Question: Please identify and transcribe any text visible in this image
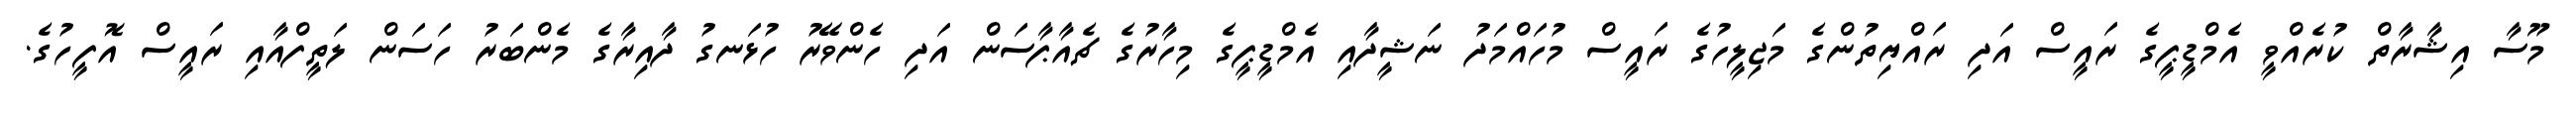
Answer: މޫސާ އިޝާރާތް ކުރެއްވީ އެމްޑީޕީގެ ރައީސް އަދި ރައްޔިތުންގެ މަޖިލީހުގެ ރައީސް މުހައްމަދު ނަޝީދާއި އެމްޑީޕީގެ މިހާރުގެ ޗެއާޕާސަން އަދި ހެންވޭރު ހުޅަނގު ދާއިރާގެ މެންބަރު ހަސަން ލަތީފްއާއި ރައީސް އޮފީހުގެ.